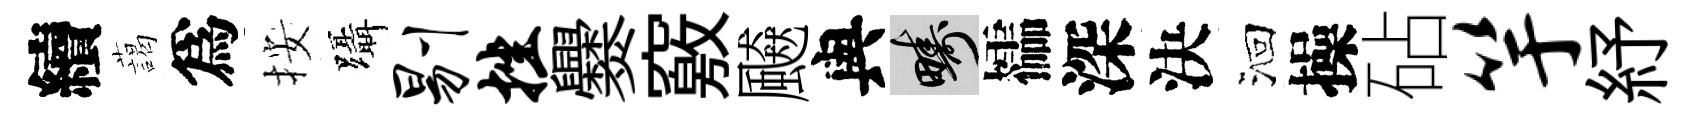
續藹爲按躡剔挫爨竅飇與疇櫺深決洄操砧竽紓